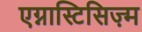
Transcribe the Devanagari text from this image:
एग्नास्टिसिज़्म